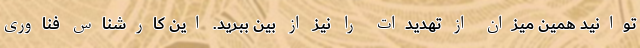
توانید همین میزان از تهدیدات را نیز از بین ببرید. این کارشناس فناوری